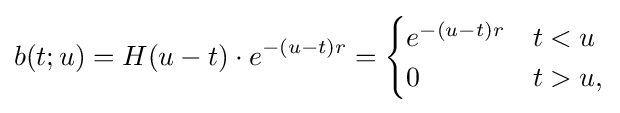
b(t;u)=H(u-t)\cdot e^{-(u-t)r}={\begin{cases}e^{-(u-t)r}&t<u\\0&t>u,\end{cases}}